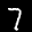
Label: 7